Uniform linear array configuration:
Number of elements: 64
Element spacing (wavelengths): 0.5
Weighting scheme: hann
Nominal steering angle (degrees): -30
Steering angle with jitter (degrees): -31.846
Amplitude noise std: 0.05
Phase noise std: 0.05

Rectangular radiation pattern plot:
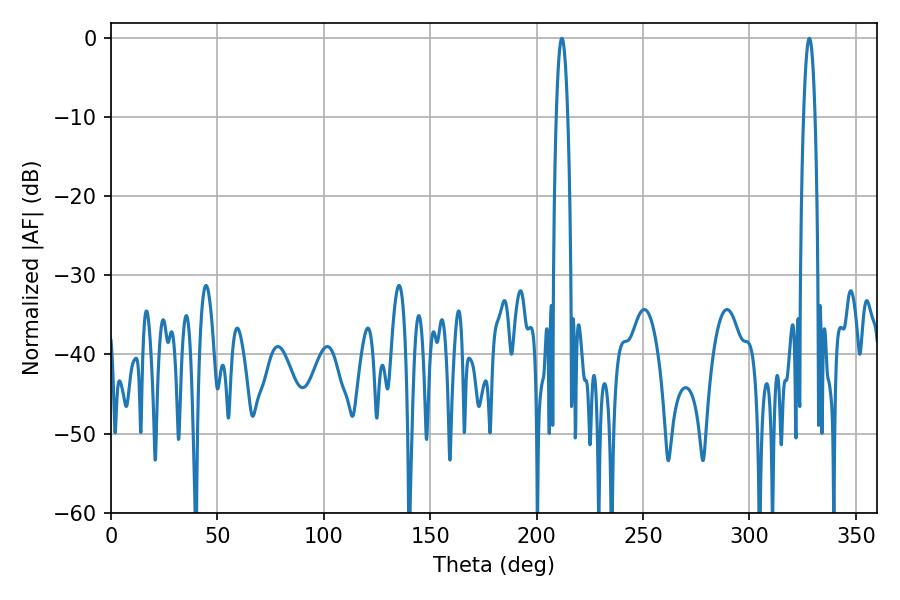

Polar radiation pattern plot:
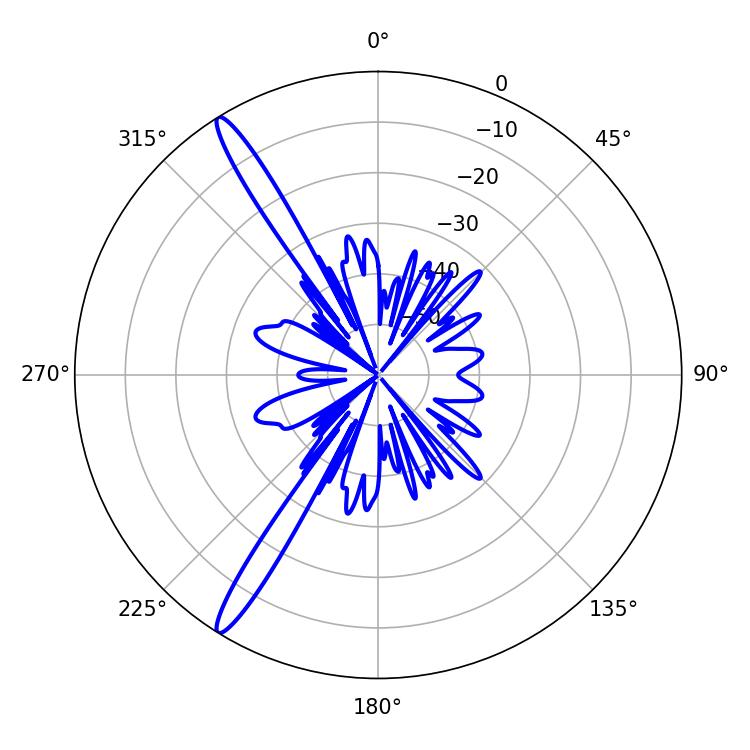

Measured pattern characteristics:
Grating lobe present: FALSE
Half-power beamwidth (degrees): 2.88
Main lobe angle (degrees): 211.86